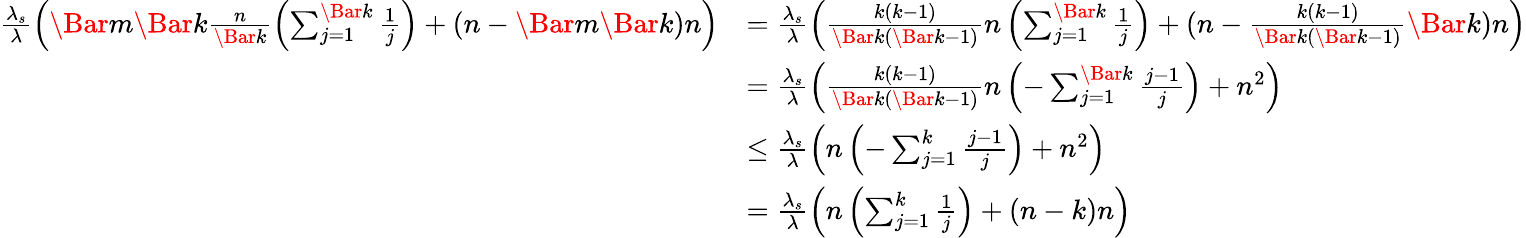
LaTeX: \begin{array}{rl}{\frac{\lambda_{s}}{\lambda}\left(\Bar{m}\Bar{k}\frac{n}{\Bar{k}}\left(\sum_{j=1}^{\Bar{k}}\frac{1}{j}\right)+(n-\Bar{m}\Bar{k})n\right)}&{=\frac{\lambda_{s}}{\lambda}\left(\frac{k(k-1)}{\Bar{k}(\Bar{k}-1)}n\left(\sum_{j=1}^{\Bar{k}}\frac{1}{j}\right)+(n-\frac{k(k-1)}{\Bar{k}(\Bar{k}-1)}\Bar{k})n\right)}\\ &{=\frac{\lambda_{s}}{\lambda}\left(\frac{k(k-1)}{\Bar{k}(\Bar{k}-1)}n\left(-\sum_{j=1}^{\Bar{k}}\frac{j-1}{j}\right)+n^{2}\right)}\\ &{\leq\frac{\lambda_{s}}{\lambda}\left(n\left(-\sum_{j=1}^{k}\frac{j-1}{j}\right)+n^{2}\right)}\\ &{=\frac{\lambda_{s}}{\lambda}\left(n\left(\sum_{j=1}^{k}\frac{1}{j}\right)+(n-k)n\right)}\end{array}